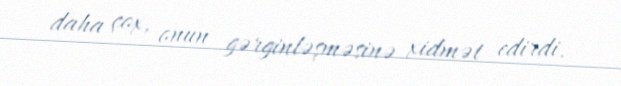
daha çox, onun gərginləşməsinə xidmət edirdi.